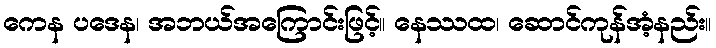
ကေန ပဒေန၊ အဘယ်အကြောင်းဖြင့်။ နေဿထ၊ ဆောင်ကုန်အံ့နည်း။